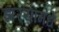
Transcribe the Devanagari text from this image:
झर्‍यामधे